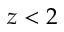
z < 2